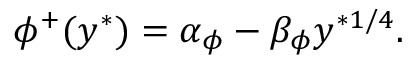
\phi ^ { + } ( y ^ { \ast } ) = \alpha _ { \phi } - \beta _ { \phi } y ^ { \ast 1 / 4 } .